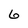
Character: 6